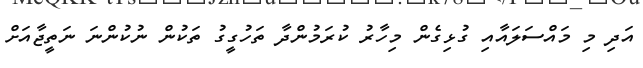
އަދި މި މައްސަލައާއި ގުޅިގެން މިހާރު ކުރަމުންދާ ތަހުގީގު ތަކުން ނުކުންނަ ނަތީޖާއަށް